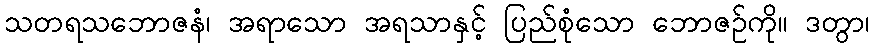
သတရသဘောဇနံ၊ အရာသော အရသာနှင့် ပြည်စုံသော ဘောဇဉ်ကို။ ဒတွာ၊